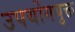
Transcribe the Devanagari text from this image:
उपयोगयुक्त